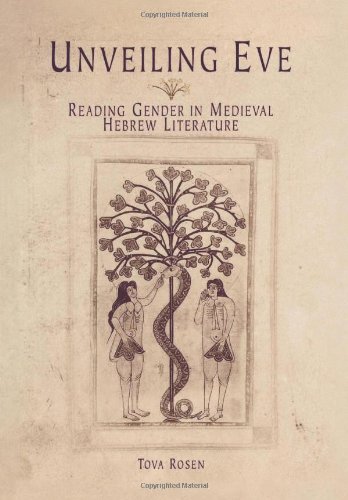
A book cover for Unveiling Eve: Reading Gender in Medieval Hebrew Literature (Jewish Culture and Contexts); Tova Rosen; Religion & Spirituality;